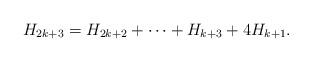
LaTeX: \begin{align*} H_{2k+3} = H_{2k+2} + \dots + H_{k+3} + 4H_{k+1}. \end{align*}